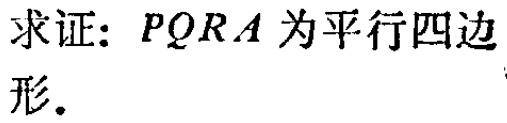
求证：\(PQRA\)为平行四边形.